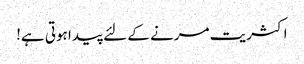
اکثریت مرنے کے لئے پیدا ہوتی ہے!